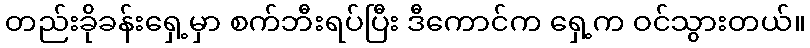
တည်းခိုခန်းရှေ့မှာ စက်ဘီးရပ်ပြီး ဒီကောင်က ရှေ့က ဝင်သွားတယ်။